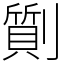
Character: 劕